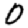
Digit: 0